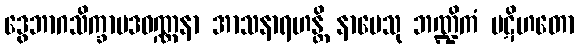
ဒွေဘာဂသိက္ခာပဒဝဏ္ဏနာ အာသနာရဟန္တိ နာမေသု ဘဏ္ဍိကံ ပဋိဟတော